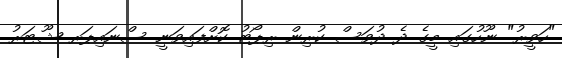
"ހަވީރު" ނޫހުގައި މީގެ ދެ ދުވަސް ކުރިން ރިޕޯޓު ކޮށްފައިވަނީ ސްނައިޕަރ ޝޫޓަރު